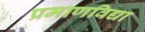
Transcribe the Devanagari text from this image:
प्रमाणविद्या